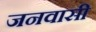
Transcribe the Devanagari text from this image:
जनवासी